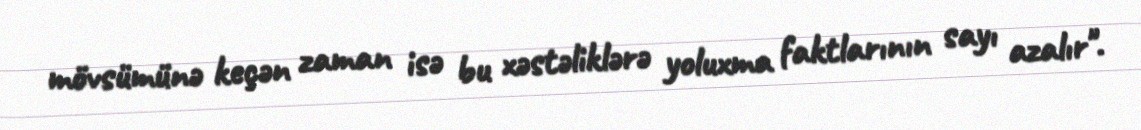
mövsümünə keçən zaman isə bu xəstəliklərə yoluxma faktlarının sayı azalır".